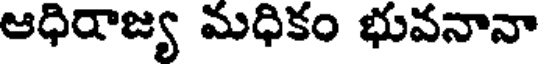
ఆధిరాజ్య మధికం భువనానా